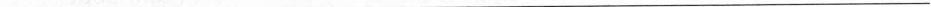
___